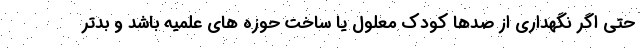
حتی اگر نگهداری از صدها کودک معلول یا ساخت حوزه های علمیه باشد و بدتر